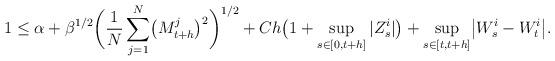
LaTeX: \begin{align*}1\leq\alpha+\beta^{1/2}\biggl(\frac{1}{N}\sum_{j=1}^{N}\bigl(M_{t+h}^{j}\bigr)^{2}\biggr)^{1/2}+Ch\bigl(1+\sup_{s \in [0,t+h]}\vert Z_{s}^{i}\vert\bigr)+\sup_{s \in [t,t+h]}\bigl\vert W_{s}^{i}-W_{t}^{i}\bigr\vert.\end{align*}